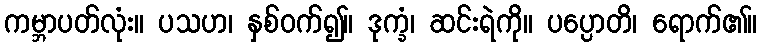
ကမ္ဘာပတ်လုံး။ ပသဟ၊ နှစ်ဝက်၍။ ဒုက္ခံ၊ ဆင်းရဲကို။ ပပ္ပောတိ၊ ရောက်၏။